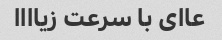
عاای با سرعت زیاااا